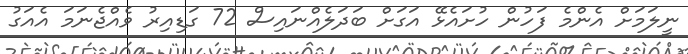
ނީލަމަށް އެންމެ ފަހުން ހުށައެޅޭ އަގަށް ބަދަލެއްނައިސް 72 ގަޑިއިރު ވެއްޖެނަމަ އެއަގު